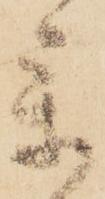
参